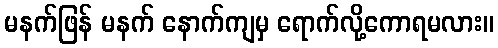
မနက်ဖြန် မနက် နောက်ကျမှ ရောက်လို့ကောရမလား။